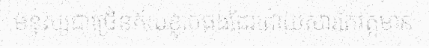
មនុស្សជាច្រើនភ័យខ្លាចផងដែរដោយសារតែវត្តមាន